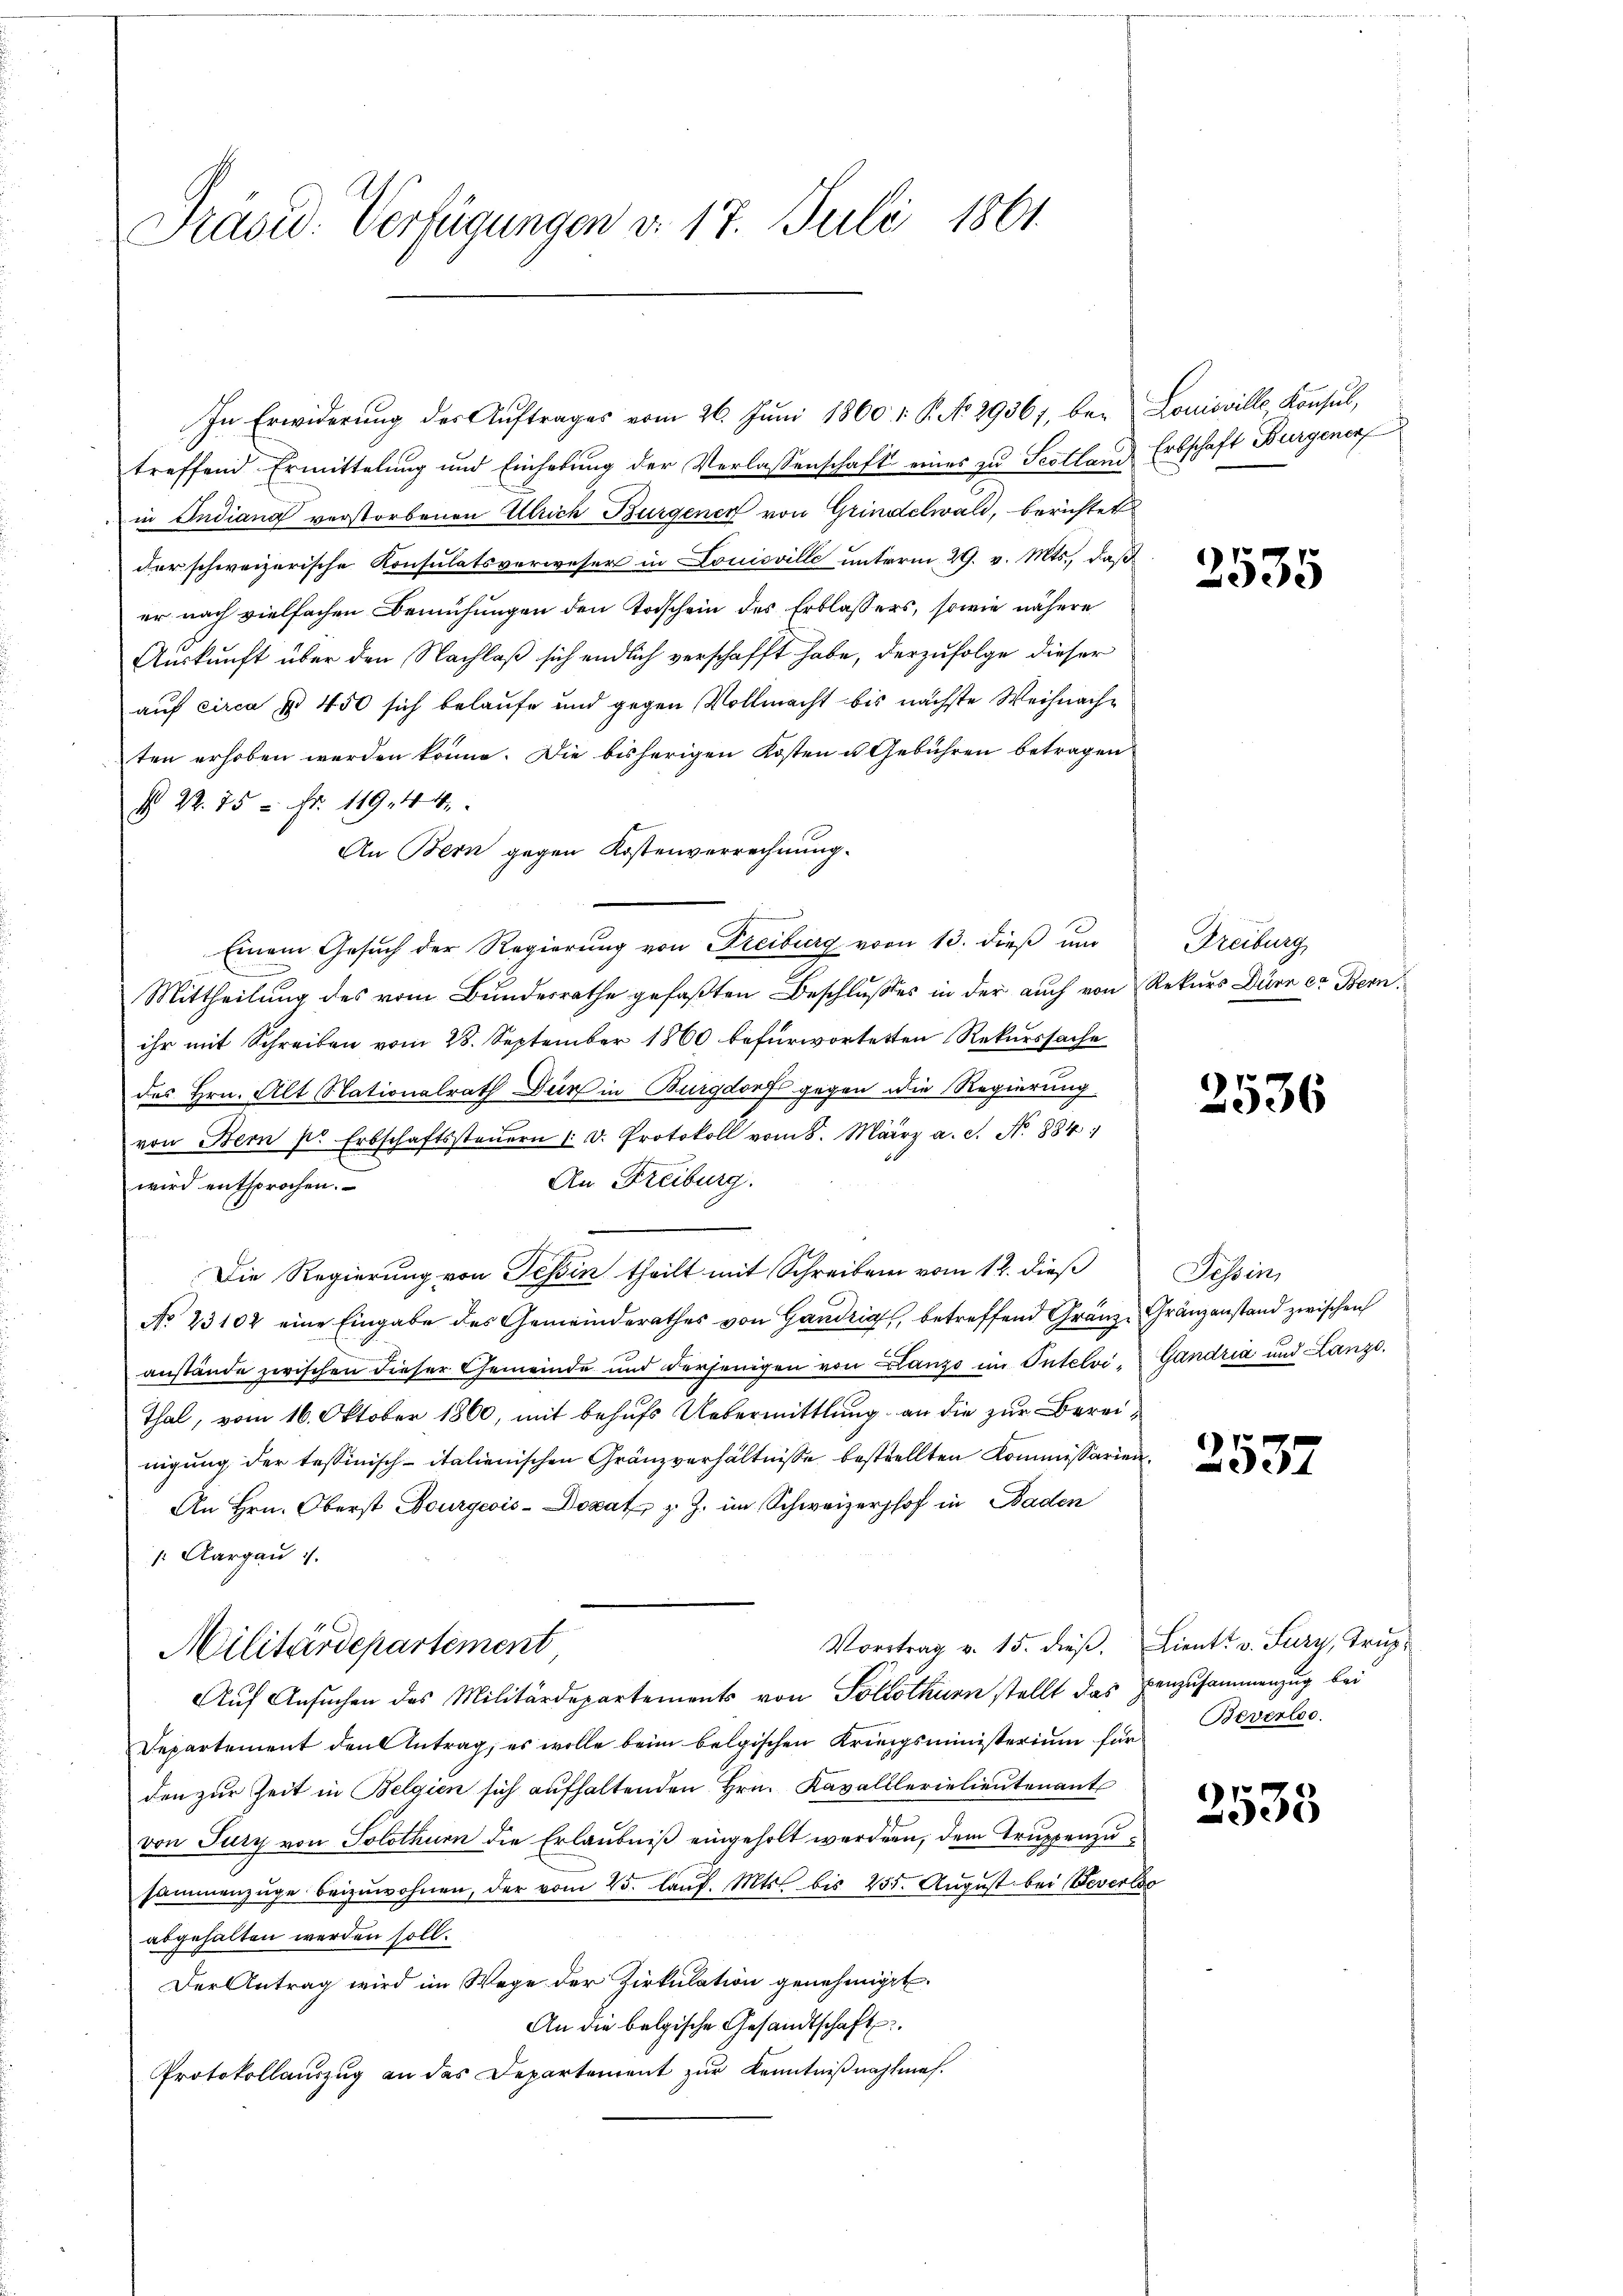
Präsid. Verfügungen v. 17. Juli 1861

treffend Ermittelung und Einhebŭng der Verlassenschaft eines zu Sestland Erbschaft Burgener
in Indiana verstorbenen Ulrich Burgener von Grindelwald, berichtet
der schweizerische Konsulatsverweser in Louisville unterm 29. v. Mts., daß
er nach vielfachen Bemühungen den Todschein des Erblassers, sowie nähere
Auskunft über den Nachlaß sich endlich verschafft habe, derzufolge dieser
auf circa § 450 sich belaufe und gegen Vollmacht bis nächste Weihnachten erhoben werden könne. Die bisherigen Kosten u. Gebühren betragen
§ 22. 75 = Fr. 119. 44
An Bern gegen Kostenverrechnung.
Einem Gesuch der Regierung von Freiburg vom 13. dieß um
.
Mittheilung des vom Bundesrathe gefaßten Beschlußes in der auch von Rekurs Düre et Bern,
ihr mit Schreiben vom 28. September 1860 befürworteten Rekurssache
des Hrn. Alt Stationalrath Dir in Burgdorf gegen die Regierung
von Bern pr Erbschaftssteŭern (d. Protokoll vom 8. März a. c. N. 884.
An Freiburg.
wird entsprochen.
Die Regierung von Tessin theilt mit Schreiben vom 12. dieß
No 23102 eine Eingabe des Gemeinderathes von Gandrig, betreffend Gränze Gränzanstand zwischen
anstände zwischen dieser Gemeinde und derjenigen von Blanze im Intelvi, Gandria und Lanze
Thal, vom 16. Oktober 1860, mit behufs Uebermittlung an die zur Bereinigung der tessinisch-italienischen Gränzverhältnisse bestellten Kommissarien¬
An Hrn. Oberst Bourgeois-Docat, z. Z. im Schweizerhof in Baden
 Aargau
Vortrag v. 15. dieβ. Lieut. v. Sury, Trup¬
Militärdepartement
Auf Ansuchen des Militärdepartements von Solothurn stellt das Benzusammenzug bei
Departement den Antrag, es wolle beim belgischen Krungsministerium für Beverloo
den zur Zeit in Belgien sich aufhaltenden Hrn. Kavalllerielieutenant
von Jury von Solothurn die Erlaubniß eingeholt werden, dem Truppenzusammenzüge beizuwohnen, der vom 25. laŭf. Mts. bis 255. August bei Severlo
abgehalten werden soll.
Der Antrag wird im Wege der Zirkulation genehmiget.
An die belgische Gesandtschaft.
Protokollaŭszŭg an das Departement zŭr Kenntniβnahmes.

In Erwiderung der Auftrages vom 26. Juni 1860 v. P. No. 29361, bei Louisville Konsul,

2535

Dreiburg

2536

Tessin,

2537

2535